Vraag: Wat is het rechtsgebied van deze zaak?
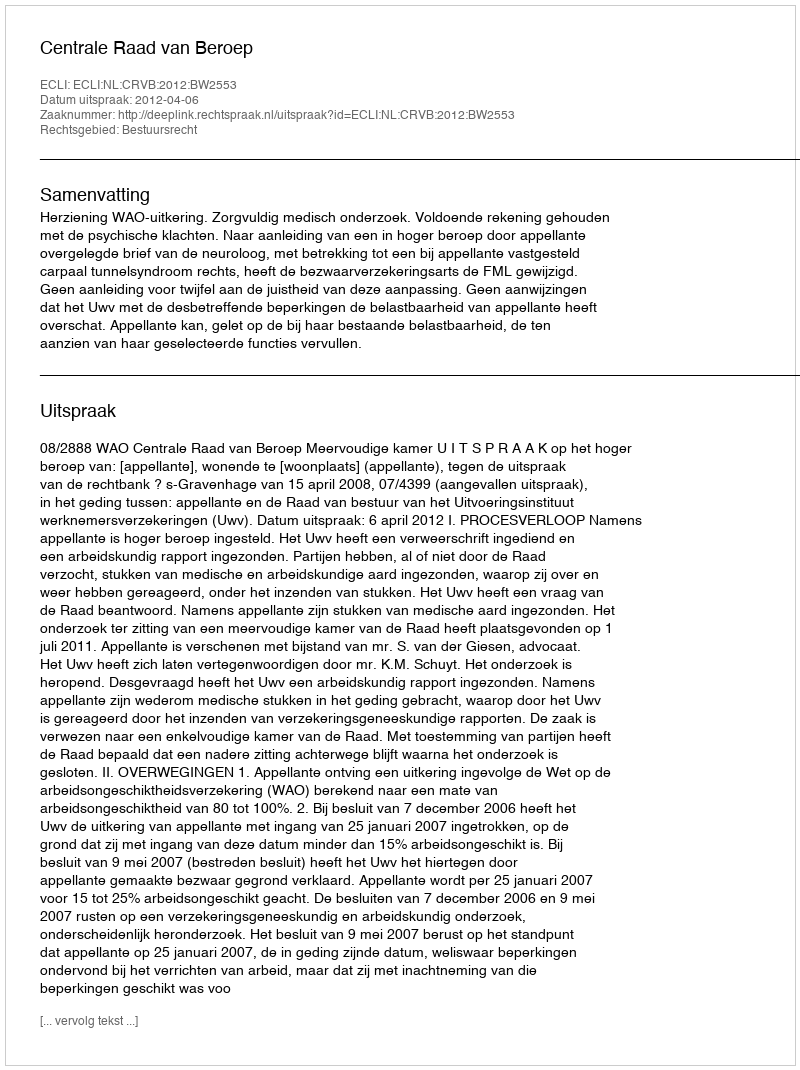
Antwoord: Bestuursrecht